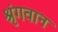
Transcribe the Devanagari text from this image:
श्रृंगवान